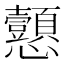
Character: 𢦁